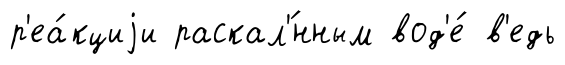
р'еа́кциjи раскал'́нным вод'е́ в'едь